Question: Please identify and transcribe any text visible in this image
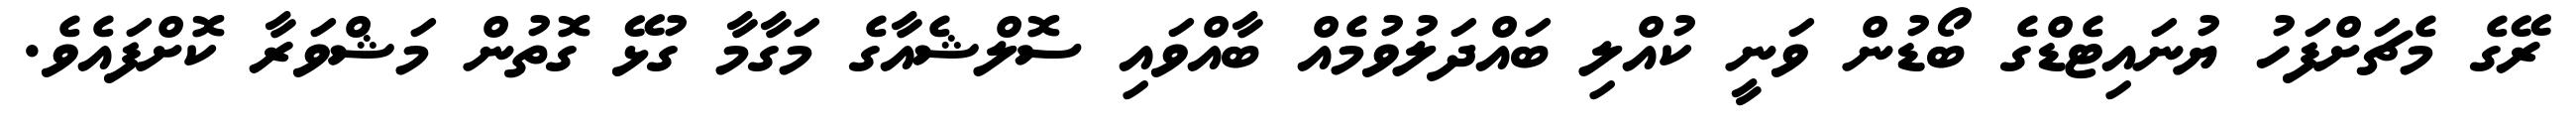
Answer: ރޭގެ މެޗަށްފަހު ޔުނައިޓެޑްގެ ބޯޑުން ވަނީ ކުއްލި ބައްދަލުވުމެއް ބާއްވައި ސޮލްޝެއާގެ މަގާމާ ގުޅޭ ގޮތުން މަޝްވަރާ ކޮށްފައެވެ.